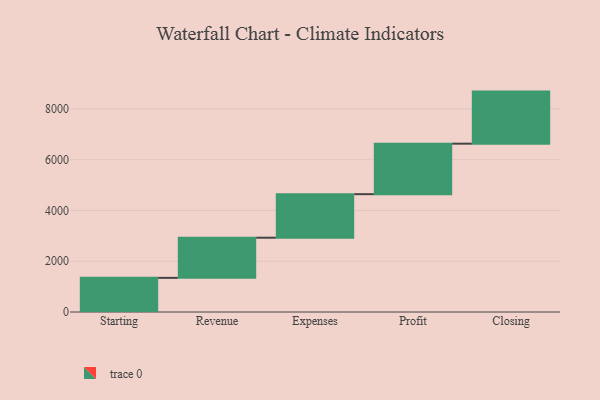
{"axis": {"x": "Step", "y": "Value"}, "legend": [""], "data": [{"x": "Starting", "y": 1345.0, "type": ""}, {"x": "Revenue", "y": 1581.0, "type": ""}, {"x": "Expenses", "y": 1714.0, "type": ""}, {"x": "Profit", "y": 1989.0, "type": ""}, {"x": "Closing", "y": 2051.0, "type": ""}]}